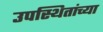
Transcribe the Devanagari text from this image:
उपस्थितांच्या